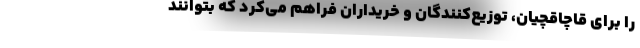
را برای قاچاقچیان، توزیع‌کنندگان و خریداران فراهم می‌کرد که بتوانند